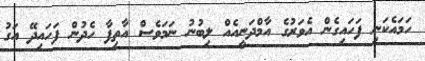
ހަމައެކަނި ފަހައިގެން އެވަރުގެ އާމްދަނީއެއް ލިބުނު ނަމަވެސް އާތިފާ ހެދުން ފަހައިދޭ އަގު